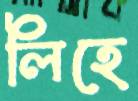
লিহে